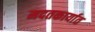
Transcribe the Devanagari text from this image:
मदतकार्यात